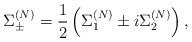
LaTeX: \begin{align*}\Sigma^{(N)}_\pm = \frac{1}{2} \left( \Sigma^{(N)}_1 \pm i\Sigma^{(N)}_2 \right), \end{align*}